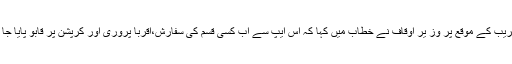
افتتاحی تقریب کے موقع پر وز یر اوقاف نے خطاب میں کہا کہ اس ایپ سے اب کسی قسم کی سفارش،اقربا پروری اور کرپشن پر قابو پایا جا سکے گا۔